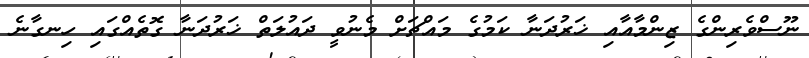
ނޫސްވެރިންގެ ޒިންމާއާއި ޚަރުދަނާ ކަމުގެ މައްޗަށް މެނުވީ ދައުލަތް ޚަރުދަނާ ގޮތެއްގައި ހިނގާނެ